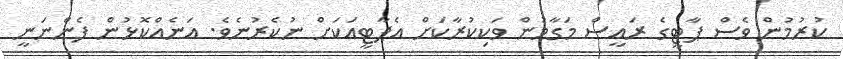
ކުރުމުން ވެސް ޕާޓީގެ ރައީސް މަގާމުން ވަކިކުރާކަށް އެޕާޓީއަކަށް ނުކެރުނެވެ. އަނެއްކޮޅުން ފެންނަނީ